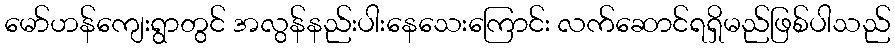
မော်ဟန်ကျေးရွာတွင် အလွန်နည်းပါးနေသေးကြောင်း လက်ဆောင်ရရှိမည်ဖြစ်ပါသည်